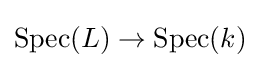
\operatorname {Spec} (L)\to \operatorname {Spec} (k)